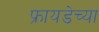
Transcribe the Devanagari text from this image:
फ्रायडेच्या